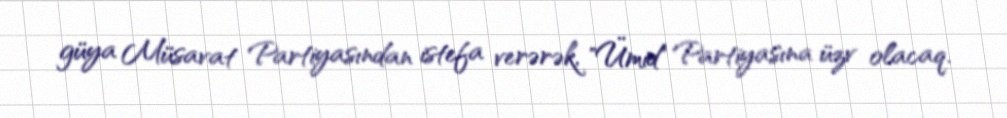
güya Müsavat Partiyasından istefa verərək, "Ümid" Partiyasına üzv olacaq.